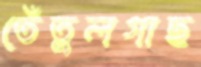
তেঁতুলগাছ